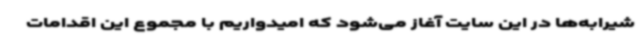
شیرابه‌ها در این سایت آغاز می‌شود که امیدواریم با مجموع این اقدامات